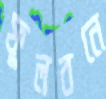
ফুলবনে